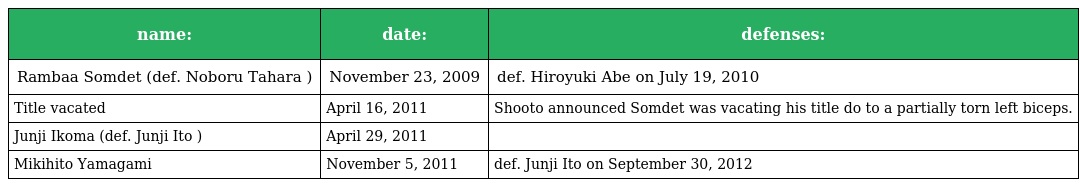
| name: | date: | defenses: |
 | --- | --- | --- |
 | Rambaa Somdet (def. Noboru Tahara ) | November 23, 2009 | def. Hiroyuki Abe on July 19, 2010 |
 | Title vacated | April 16, 2011 | Shooto announced Somdet was vacating his title do to a partially torn left biceps. |
 | Junji Ikoma (def. Junji Ito ) | April 29, 2011 |  |
 | Mikihito Yamagami | November 5, 2011 | def. Junji Ito on September 30, 2012 |